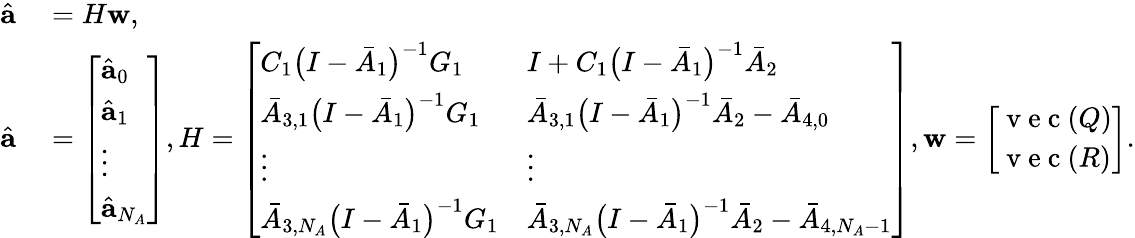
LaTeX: \begin{array}{rl}{\hat{\mathbf{a}}}&{{}=H\mathbf{w},}\\ {\hat{\mathbf{a}}}&{{}=\left[\begin{array}{l}{\hat{\mathbf{a}}_{0}}\\ {\hat{\mathbf{a}}_{1}}\\ {\vdots}\\ {\hat{\mathbf{a}}_{N_{A}}}\end{array}\right],H=\left[\begin{array}{ll}{C_{1}\big(I-\bar{A}_{1}\big)^{-1}G_{1}}&{I+C_{1}\big(I-\bar{A}_{1}\big)^{-1}\bar{A}_{2}}\\ {\bar{A}_{3,1}\big(I-\bar{A}_{1}\big)^{-1}G_{1}}&{\bar{A}_{3,1}\big(I-\bar{A}_{1}\big)^{-1}\bar{A}_{2}-\bar{A}_{4,0}}\\ {\vdots}&{\vdots}\\ {\bar{A}_{3,N_{A}}\big(I-\bar{A}_{1}\big)^{-1}G_{1}}&{\bar{A}_{3,N_{A}}\big(I-\bar{A}_{1}\big)^{-1}\bar{A}_{2}-\bar{A}_{4,N_{A}-1}}\end{array}\right],\mathbf{w}=\left[\begin{array}{l}{\mathrm{~v~e~c~}(Q)}\\ {\mathrm{~v~e~c~}(R)}\end{array}\right].}\end{array}